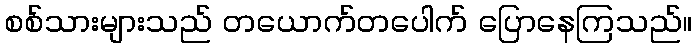
စစ်သားများသည် တယောက်တပေါက် ပြောနေကြသည်။